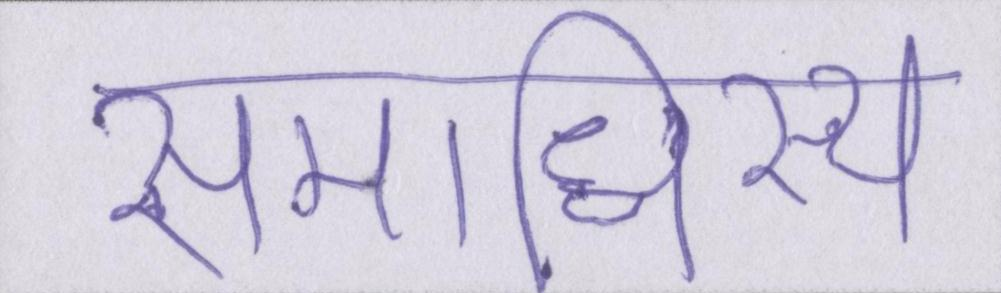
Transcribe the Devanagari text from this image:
समाधिस्थ